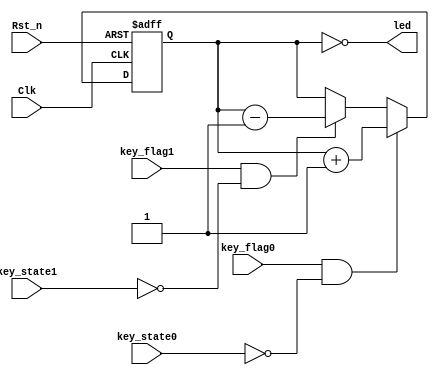
module led_ctrl(Clk,Rst_n,key_flag0,key_flag1,key_state0,key_state1,led);

	input Clk;
	input Rst_n;
	input key_flag0,key_flag1;
	
	input key_state0,key_state1;
	
	output [3:0]led;
	
	reg [3:0]led_r;
	
	always@(posedge Clk or negedge Rst_n)
	if(!Rst_n)
		led_r <= 4'b0000;
	else if(key_flag0 && !key_state0)
		led_r <= led_r + 1'b1;
	else if(key_flag1 && !key_state1)
		led_r <= led_r - 1'b1;
	else
		led_r <= led_r;
		
	assign led = ~led_r;
		
endmodule